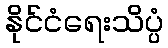
နိုင်ငံရေးသိပ္ပံ